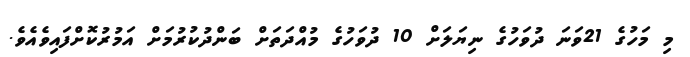
މި މަހުގެ 21ވަނަ ދުވަހުގެ ނިޔަލަށް 10 ދުވަހުގެ މުއްދަތަށް ބަންދުކުރުމަށް އަމުުރުކޮށްފައިވެއެވެ.